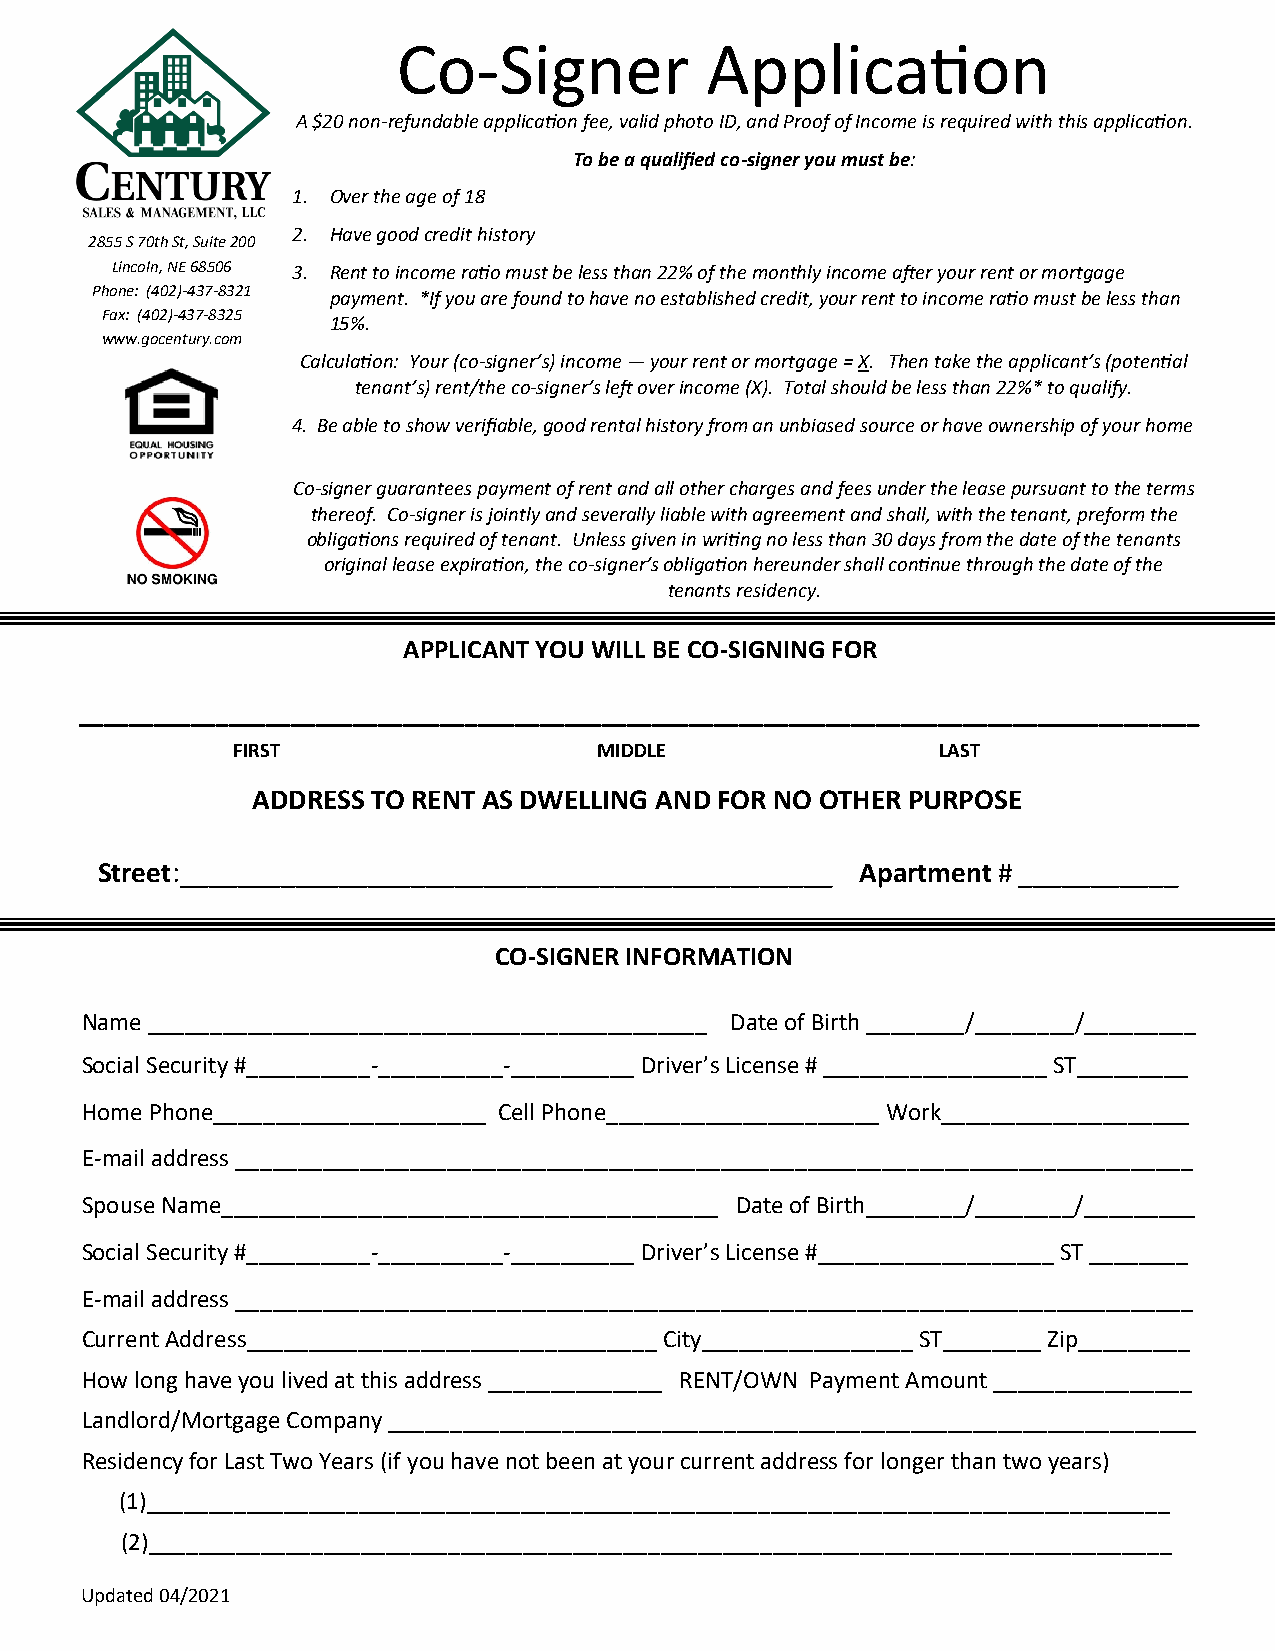
Co-Signer            Application
 A $20 non-refundable application fee, valid photo ID, and Proof of Income is required with this application.
 To be a qualified co-signer you must be:
 1. Over the age of 18
 2. Have good credit history
 2855 S 70th St, Suite 200
 Lincoln, NE 68506 3. Rent to income ratio must be less than 22% of the monthly income after your rent or mortgage
 Phone: (402)-437-8321 payment. *If you are found to have no established credit, your rent to income ratio must be less than
 Fax: (402)-437-8325
 15%.
 www.gocentury.com
 Calculation: Your (co-signer’s) income — your rent or mortgage = X. Then take the applicant’s (potential
 tenant’s) rent/the co-signer’s left over income (X). Total should be less than 22%* to qualify.
 4. Be able to show verifiable, good rental history from an unbiased source or have ownership of your home
 Co-signer guarantees payment of rent and all other charges and fees under the lease pursuant to the terms
 thereof. Co-signer is jointly and severally liable with agreement and shall, with the tenant, preform the
 obligations required of tenant. Unless given in writing no less than 30 days from the date of the tenants
 original lease expiration, the co-signer’s obligation hereunder shall continue through the date of the
 tenants residency.
 APPLICANT YOU WILL BE CO-SIGNING FOR
 __________________________________________________________________________________________
 FIRST                    MIDDLE                LAST
 ADDRESS TO RENT AS DWELLING AND FOR NO OTHER PURPOSE
 Street:_____________________________________________ Apartment # ___________
 CO-SIGNER INFORMATION
 Name _____________________________________________ Date of Birth ________/________/_________
 Social Security #__________-__________-__________ Driver’s License # __________________ ST_________
 Home Phone______________________ Cell Phone______________________ Work____________________
 E-mail address _____________________________________________________________________________
 Spouse Name________________________________________ Date of Birth________/________/_________
 Social Security #__________-__________-__________ Driver’s License #___________________ ST ________
 E-mail address _____________________________________________________________________________
 Current Address_________________________________ City_________________ ST________ Zip_________
 How long have you lived at this address ______________ RENT/OWN Payment Amount ________________
 Landlord/Mortgage Company _________________________________________________________________
 Residency for Last Two Years (if you have not been at your current address for longer than two years)
 (1)__________________________________________________________________________________
 (2)__________________________________________________________________________________
 Updated 04/2021